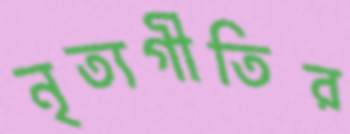
নৃত্যগীতির